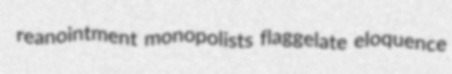
reanointment monopolists flaggelate eloquence